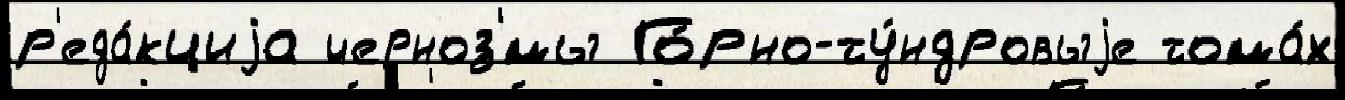
р'еда́кциjа черноз'́мы Го́рно-ту́ндровыjе тома́х